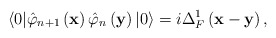
\begin{align*}\langle 0|\hat{\varphi}_{n+1}\left( \mathbf{x}\right) \hat{\varphi}_n\left( \mathbf{y}\right) |0\rangle =i\Delta _F^1\left( \mathbf{x-y}\right) ,\end{align*}